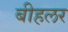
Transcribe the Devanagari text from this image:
बीहलर